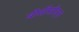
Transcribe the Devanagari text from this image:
बीसीसीएल